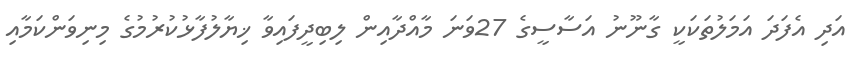
އަދި އެފަދަ އަމަލުތަކަކީ ގާނޫނު އަސާސީގެ 27ވަނަ މާއްދާއިން ލިބިދީފައިވާ ޚިޔާލުފާޅުކުރުމުގެ މިނިވަންކަމާއި